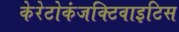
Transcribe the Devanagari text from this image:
केरेटोकंजक्टिवाइटिस